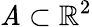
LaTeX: \mathit{A}\subset\mathbb{{R}}^{2}